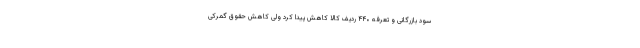
سود بازرگانی و تعرفه ۴۴۰ ردیف کالا کاهش پیدا کرد ولی کاهش حقوق گمرکی